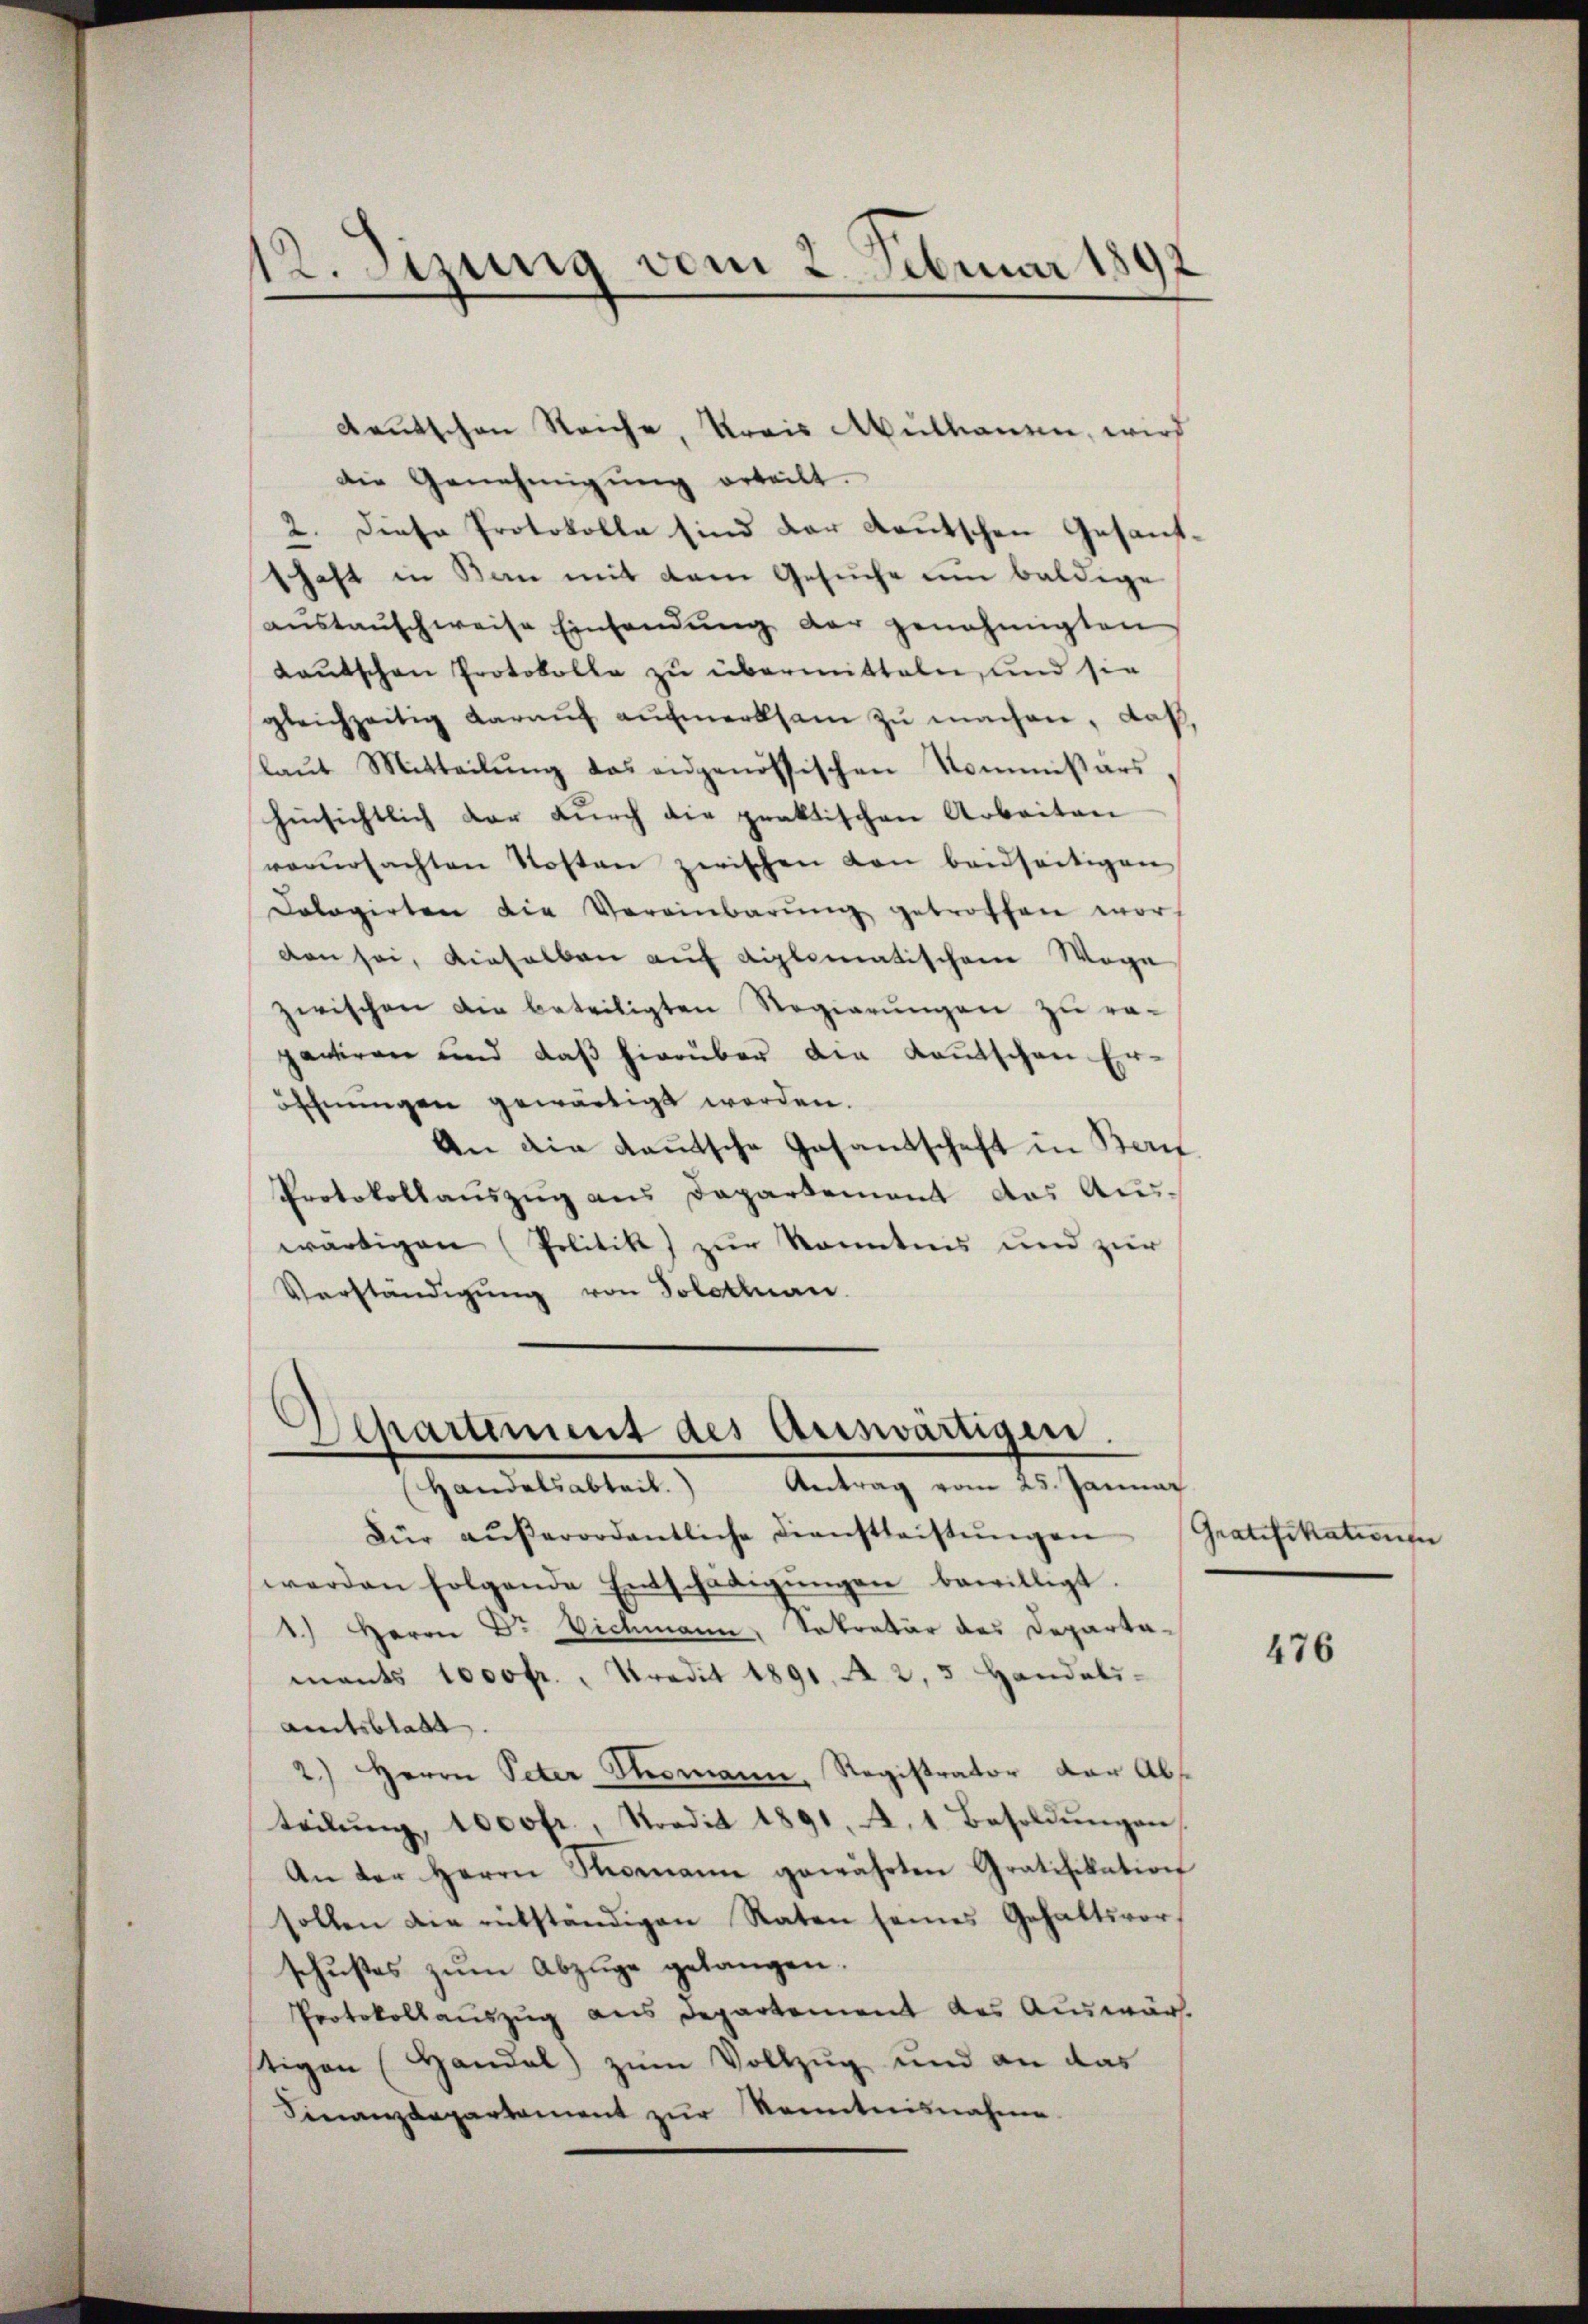
Rautschen Reiche, Krais Mulkanen, wird
die Genehmigŭng erteilt.
2. Diese Protokolla sind der deutschen Gesandschaft in San mit dem Gesuche um baldige
aŭstaŭschweise Einsendŭng der genehmigten
Lautschen Protokolle zu übermitteln, und sie
gleichzeitig daraŭf aŭfmerksam zŭ machen, daß
laŭt Mitteilŭng das eidgenössischen Kommißärs
hinsichtlich der durch die praktischen Arbeiten
verŭrsachten Kosten zwischen von beidseitigen
Dologirten die Vereinbarŭng getroffen worden sei, dieselben auf diplomatischen Woge
zwischen die beteiligten Regierŭngen zŭ ra-
pactiren und daß hierüber die Kautschen Eröschnungen gewärtigt worden.
An die Kautsche Gesantschaft in Ban
Protokollauszug aus Departement das Aus-
wärtigen (Politik) zur Kenntnis und zur
Vorständigung von Solothurn.
Departement des Auswärtigen.
Handelsabteil. Antrag vom 25. Januar
Für aŭβerordentliche Dienstleistŭngen
werden folgende Entschädigŭngen bewilligt.
1.) Herrn Dr Vichmann, Sekretär des Departa-
mants 1000 fr., Predit 1891. A 2, 3 Handels-
amtsblatt.
2.) Herrn Peter Thomann, Registrator der Abs
teilŭng, 1000fr., Nordit 1891. A. 1. Besoldŭngen,
An der Herrn Romann gewährten Gratifikation
sollen die rükständigen Raten seines Gehaltsvor
schustes zŭm Abzüge gelangen.
Protokollauszug aus Departement des Auswär
stigen (Handel zum Vollzug und an das
Finanzdepartament zur Kenntnisnahme

12. Sizung vom 2. Februar 1892

Gratifikationen

476